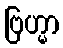
ဗြဟ္မာ